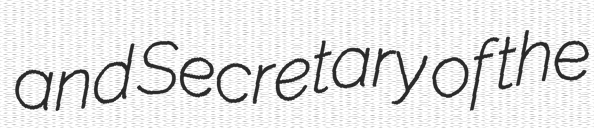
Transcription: and Secretary of the